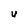
Character: U